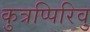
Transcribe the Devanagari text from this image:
कुत्रप्पिरिवु